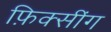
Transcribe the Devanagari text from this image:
फ़िक्सींग